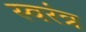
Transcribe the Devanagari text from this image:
स्वरंत्र